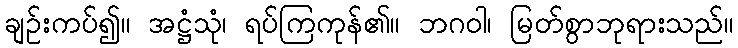
ချဉ်းကပ်၍။ အဋ္ဌံသုံ၊ ရပ်ကြကုန်၏။ ဘဂဝါ၊ မြတ်စွာဘုရားသည်။